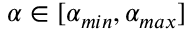
\alpha \in [ \alpha _ { m i n } , \alpha _ { m a x } ]